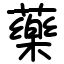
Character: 藥